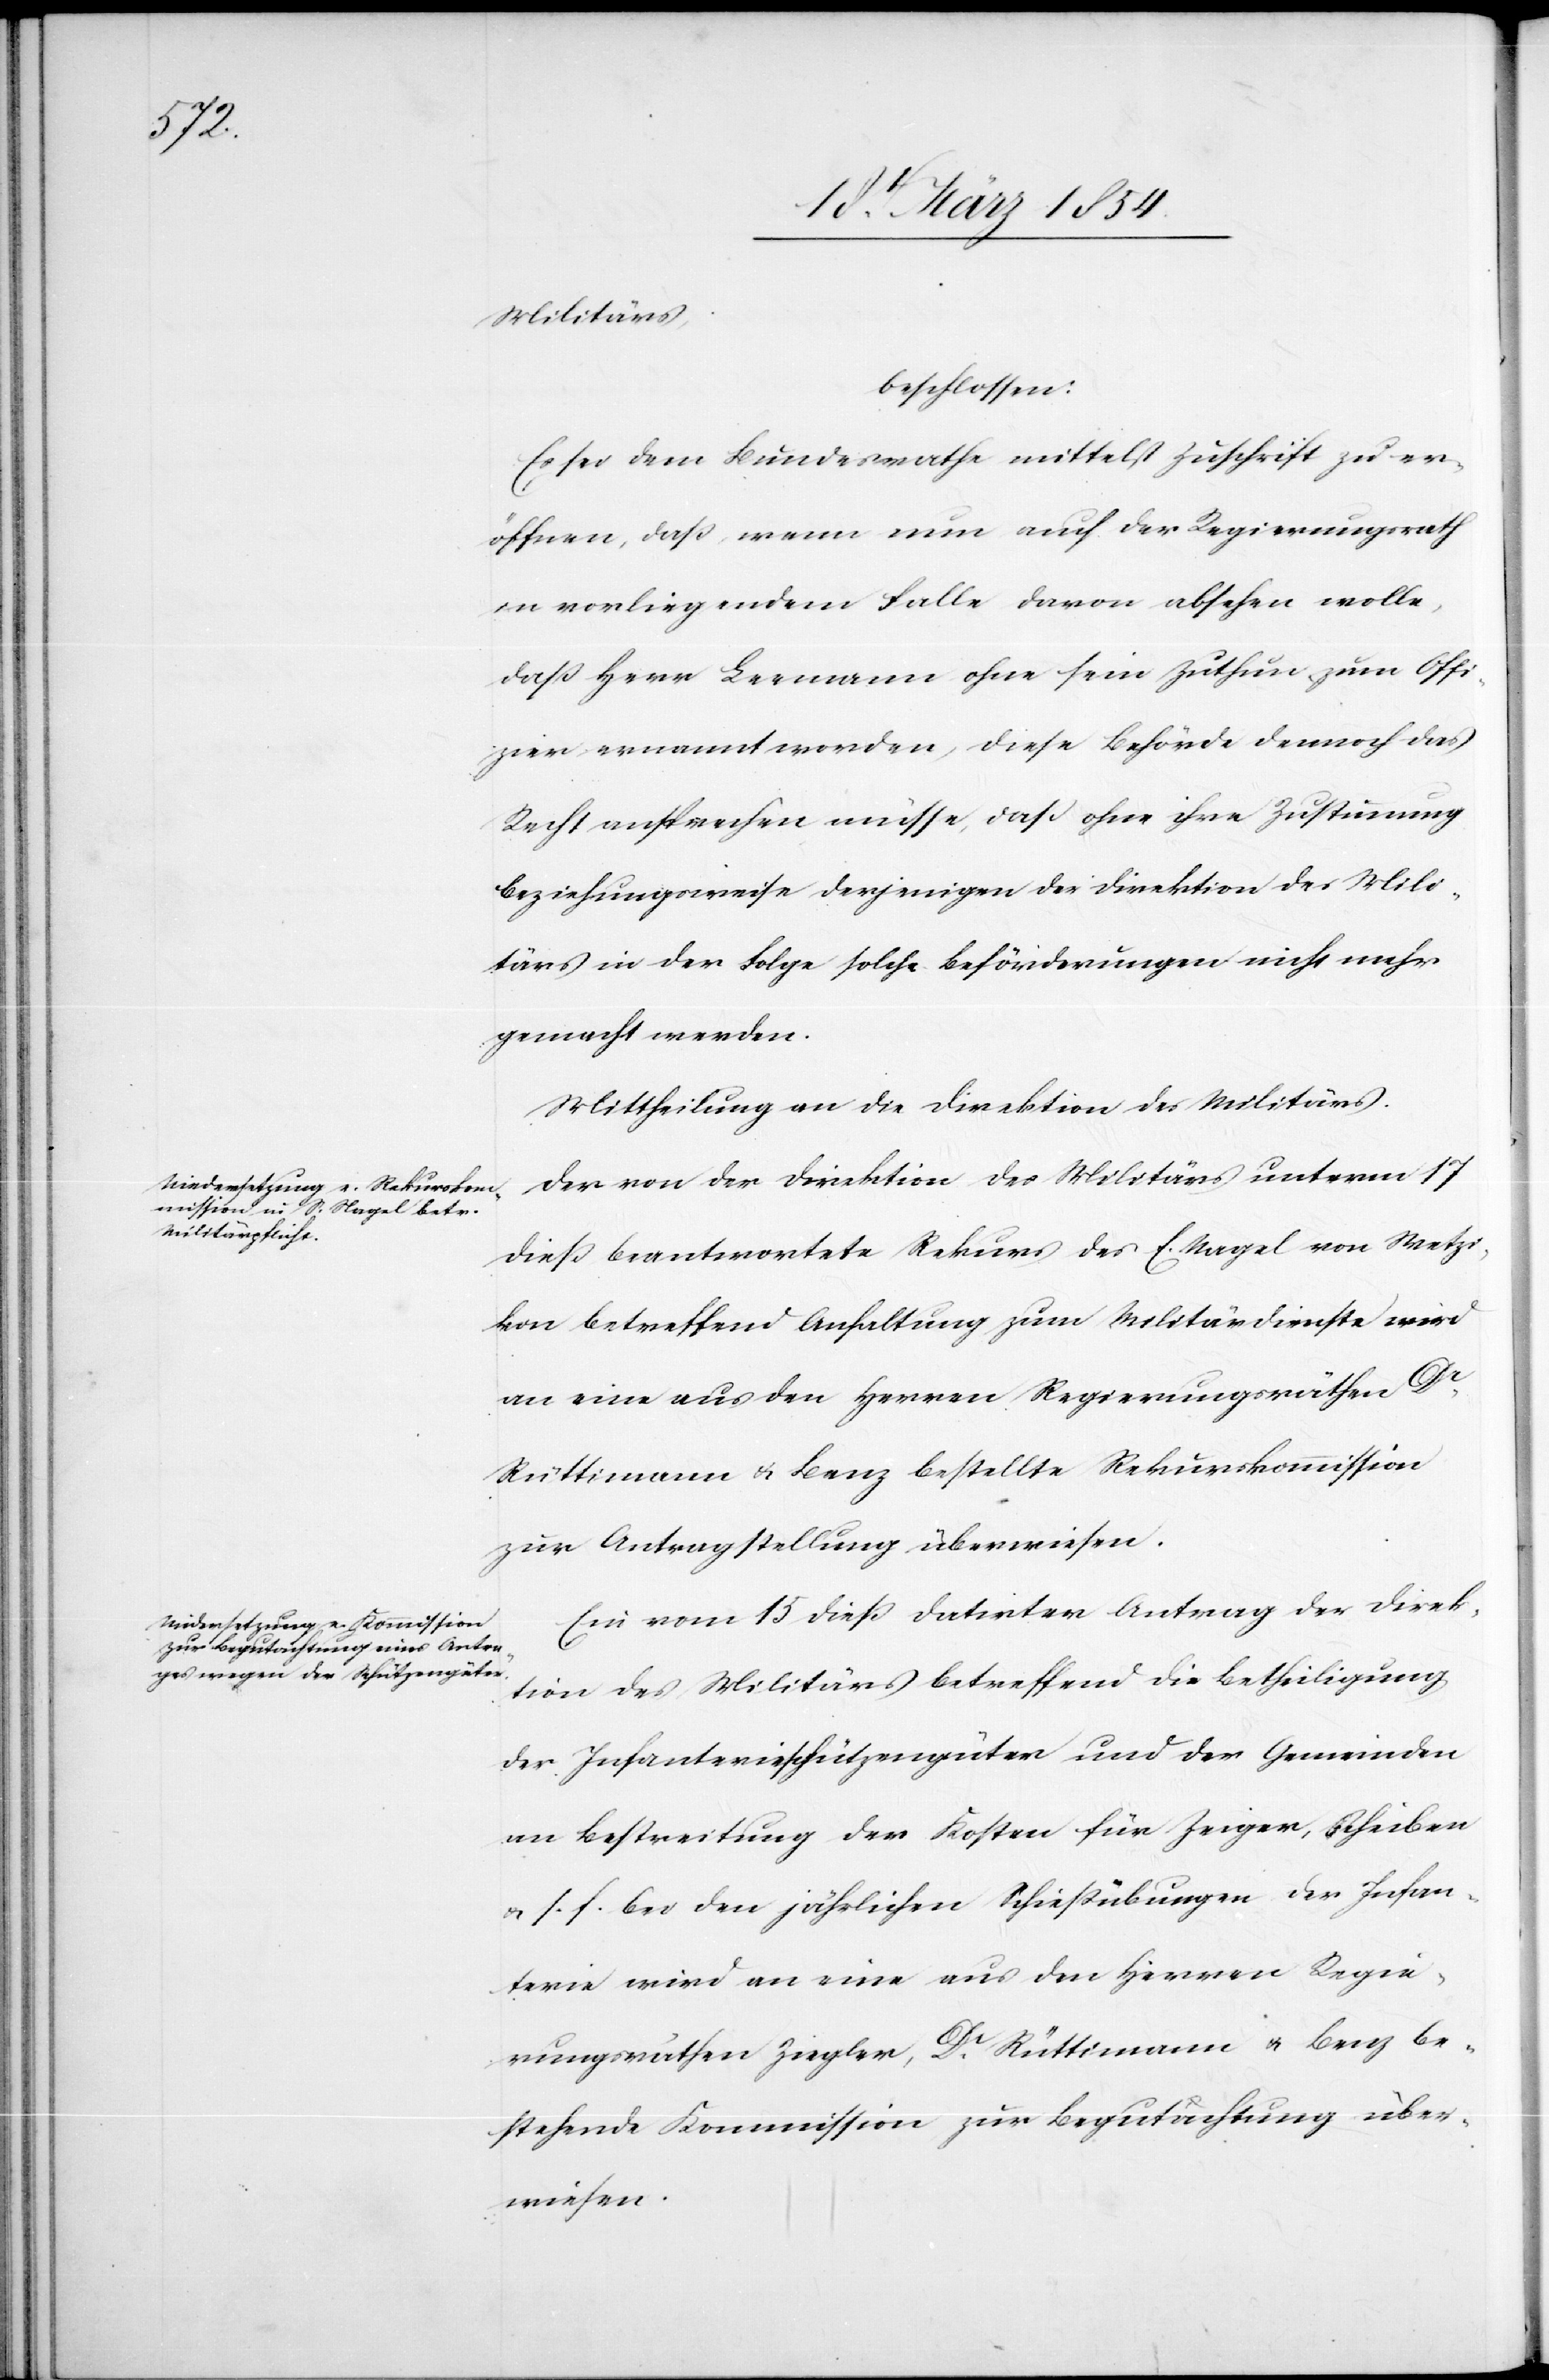
Militärs,
beschlossen:
Es sei dem Bundesrathe mittelst Zuschrift zu er¬
öffnen, daß wenn nun auch der Regierungsrath
in vorliegendem Falle davor absehen wolle,
daß Herr Leemann ohne sein Zuthun zum Offi¬
zier ernannt worden, diese Behörde dennoch das
Recht ansprechen müsse, daß ohne ihre Zustimmung
beziehungsweise derjenigen der Direktion des Mili¬
tärs in der Folge solche Beförderungen nicht mehr
gemacht werden.
Mittheilung an die Direktion des Militärs.
Der von der Direktion des Militärs unterm 17
dieß beantwortete Rekurs des E. Nagel von Wetzi¬
kon betreffend Anhaltung zum Militärdienste wird
an eine aus den Herren Regierungsräthen Dr
Rüttimann & Benz bestellte Rekurskommission
zur Antragstellung überwiesen.
Ein vom 15 dieß datirter Antrag der Direk¬
tion des Militärs betreffend die Betheiligung
der Infanterieschützengüter und der Gemeinden
an Bestreitung der Kosten für Zeiger, Schreiben
u. s. f. bei den jährlichen Schießübungen der Infan¬
terie wird an eine aus den Herren Regie¬
rungsräthen Ziegler, Dr Rüttimann u. Benz be¬
stehende Kommission zur Begutachtung über¬
wiesen.